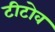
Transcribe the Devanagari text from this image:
टीटोव